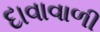
દાવાવાળી